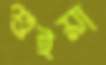
শুইয়া